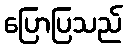
ပြောပြသည်